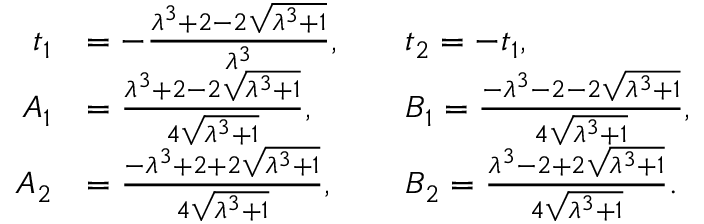
\begin{array} { r l r l } { t _ { 1 } } & { = - \frac { \lambda ^ { 3 } + 2 - 2 \sqrt { \lambda ^ { 3 } + 1 } } { \lambda ^ { 3 } } , } & & { t _ { 2 } = - t _ { 1 } , } \\ { A _ { 1 } } & { = \frac { \lambda ^ { 3 } + 2 - 2 \sqrt { \lambda ^ { 3 } + 1 } } { 4 \sqrt { \lambda ^ { 3 } + 1 } } , } & & { B _ { 1 } = \frac { - \lambda ^ { 3 } - 2 - 2 \sqrt { \lambda ^ { 3 } + 1 } } { 4 \sqrt { \lambda ^ { 3 } + 1 } } , } \\ { A _ { 2 } } & { = \frac { - \lambda ^ { 3 } + 2 + 2 \sqrt { \lambda ^ { 3 } + 1 } } { 4 \sqrt { \lambda ^ { 3 } + 1 } } , } & & { B _ { 2 } = \frac { \lambda ^ { 3 } - 2 + 2 \sqrt { \lambda ^ { 3 } + 1 } } { 4 \sqrt { \lambda ^ { 3 } + 1 } } . } \end{array}